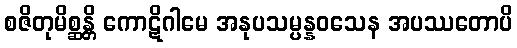
စဇိတုမိစ္ဆန္တိ ကောဋိဂါမေ အနုပသမ္ပန္နဝသေန အပဿတောပိ